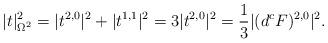
LaTeX: \begin{align*}|t|^2_{\Omega^2}=|t^{2,0}|^2 + |t^{1,1}|^2 = 3|t^{2,0}|^2 = \frac13|(d^cF)^{2,0}|^2.\end{align*}